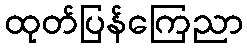
ထုတ်ပြန်ကြေညာ